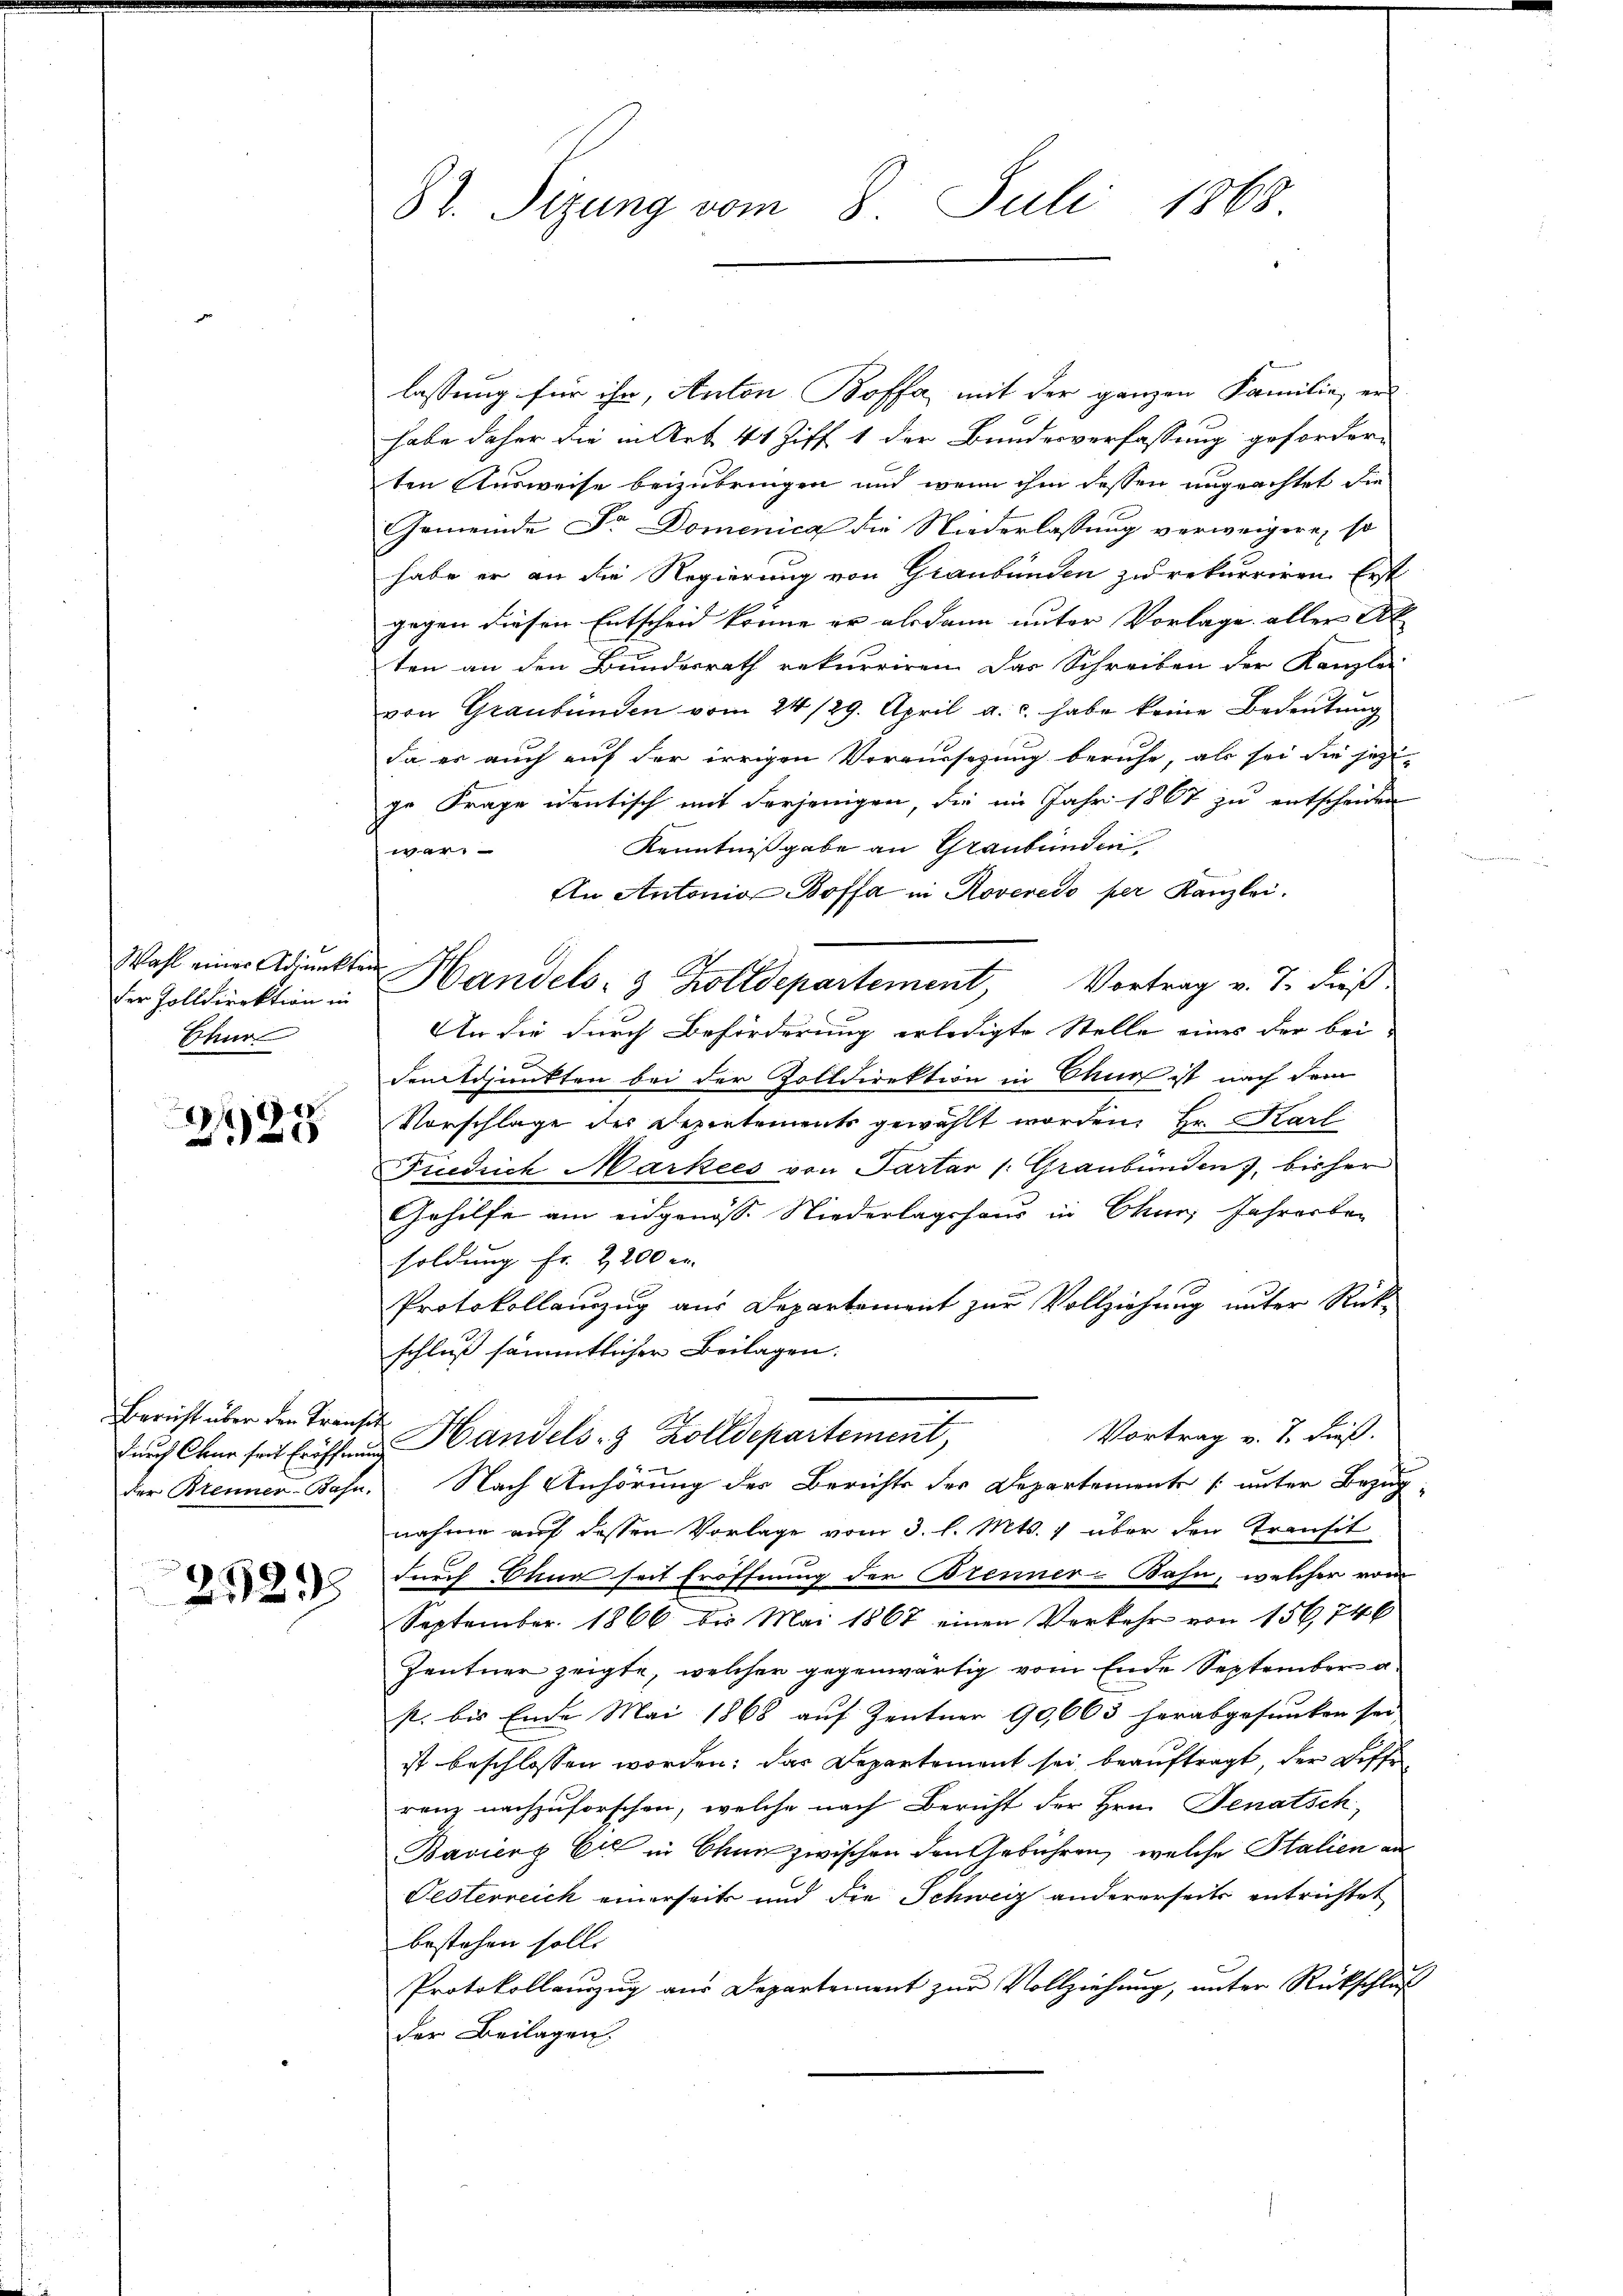
Wahl einer Adjunkte
der Zolldirektion in
Chur

e
0

Bericht über den Franz
der Brenner-Bahn

2529

87. Sizung vom 8. Juli 1868.

lassung für ihr, Anton Boffa, mit der ganzen Familie er
habe daher die in Art. 41 Ziff. 1 der Bundesverfassung geforder-
ten Ausweise beizubringen und wenn ihm dessen ungeachtet die
Gemeinde Dr. Domenica die Niederlassung verweigere, so
habe er an die Regierung von Graubünden zu rekurriren. Erst
gegen diesen Entscheid könne er alsdann unter Vorlage aller Al
ten an den Bundesrath rekurriren. Das Schreiben der Kanzlei
von Graubünden vom 24/29. April a. c. habe keine Bedeutung
da er auch auf der irrigen Voraussetzung beruhe, als sei die jezi-
ge Frage identisch mit derjenigen, die im Jahr 1867 zu entscheiden
Kenntnißgabe an Graubünden
wer
An Antonia Boffa in Roveredo per Kanzlei.
 Handels- & Zolldepartement, Vortrag v. 7. dieß.
An die durch Beförderung erledigte Stelle eines der bei-
demdjunkten bei der Zolldirektion in Chur ist nach dem
Vorschlage der Depentements gewählt worden, Hr. Karl
Fiedrich Markees von Parter /: Graubünden, bisher
Gehilfe am eidgenöss. Niederlagshaus in Chur, Jahresber
soldung fr. 2200 r.
Protokollauzug aus Departement zur Vollziehung unter Rückschluß sämmtlicher Beilagen.
c
Vortrag v. 7. dieß.
durch Chur seit Eröffen Handels- & Zolldepartement,
 Nach Anhörung der Berichts der Departemente [unter Bezug
nahme auf dessen Vorlage vom 3. l. Mts. 1 über den Transit
durch Chur seit Eröffnung der Brenner-Bahn, welcher vom
September 1866 bis Mai 1867 einen Verkehr von 156 746
Zentner zeigte, welcher gegenwärtig vom Ende September a
p. bis Ende Mai 1868 auf Zentner 90,663 herabgesunken sei
ist beschlossen worden; das Departement sei beauftragt, der Diffe
renz nachzuforschen, welche nach Bericht der Hrn. Jenatsch,
Bavierz Er in Chun zwischen den Gebühren, welche Stalien an
Oesterreich einerseits und die Schweiz andererseits entrichtet
bestehen solle
Protokollauszug aus Departement zur Vollziehung, unter Rückschluß
der Beilagen.